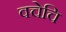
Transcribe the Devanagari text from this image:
वचेचि